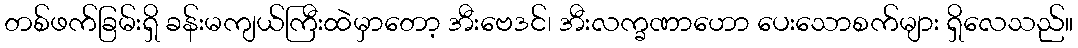
တစ်ဖက်ခြမ်းရှိ ခန်းမကျယ်ကြီးထဲမှာတော့ အီးဗေဒင်၊ အီးလက္ခဏာဟော ပေးသောစက်များ ရှိလေသည်။